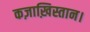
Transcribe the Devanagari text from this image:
कज़ाख़िस्तान।